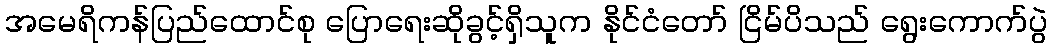
အမေရိကန်ပြည်ထောင်စု ပြောရေးဆိုခွင့်ရှိသူက နိုင်ငံတော် ငြိမ်ပိသည် ရွေးကောက်ပွဲ